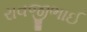
રાવજીભાઈ